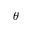
\theta